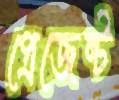
প্রেজেন্ট